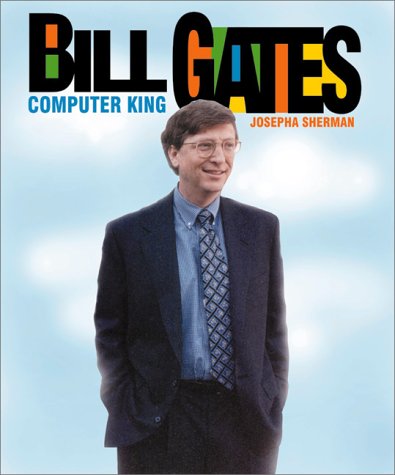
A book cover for Bill Gates (Gateway Biographies); Josepha Sherman; Children's Books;